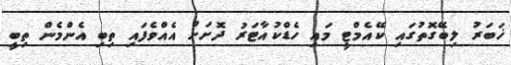
ޚަބަރު ލިބޭގޮތުގައި ކޭއެމްޓީ މައި ހެޑްކުއާޓަރު ދޮށަށް އެއްވެފައި ތިބި އެންމެން ތިބީ